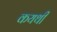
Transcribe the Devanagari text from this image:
कयथी